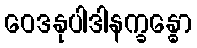
ဝေဒနုပါဒါနက္ခန္ဓော